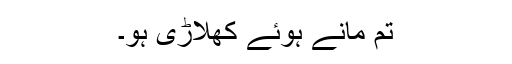
تم مانے ہوئے کھلاڑی ہو۔